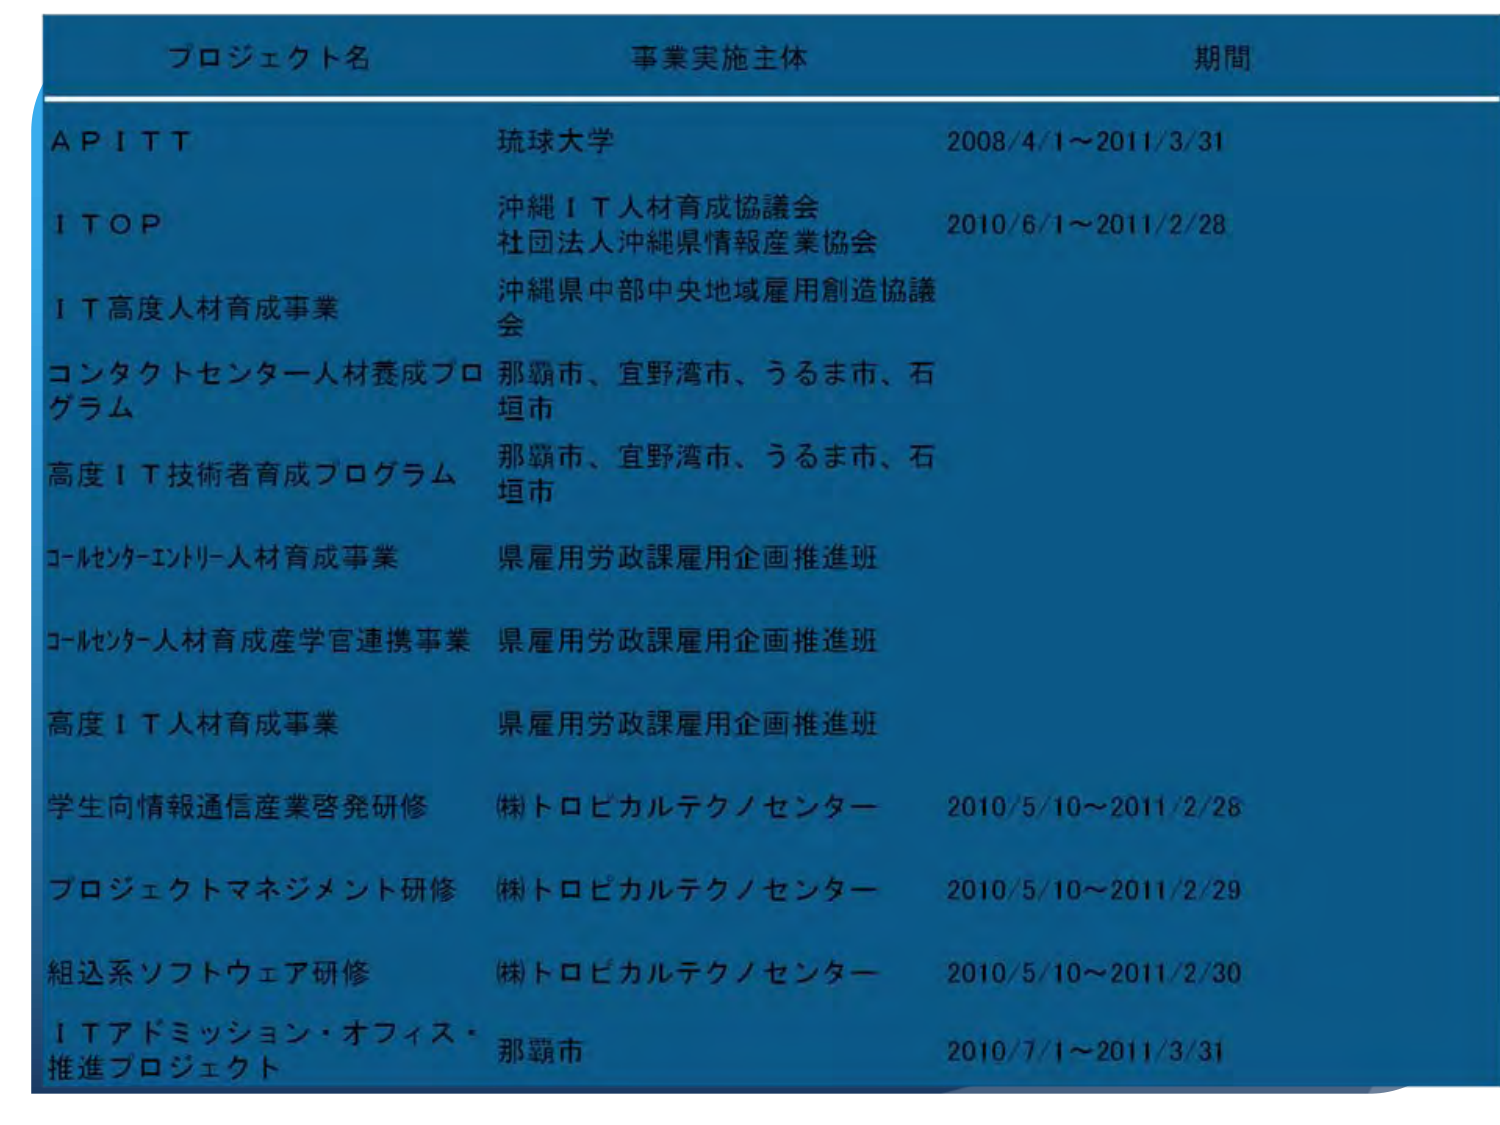
プロジェクト名　　　　　　　　　事業実施主体　　　　　　　　　期間

ＡＰＩＴＴ　　　　　　　　　　　琉球大学　　　　　　　　　　2008/4/1～2011/3/31

ＩＴＯＰ　　　　　　　　　　　　沖縄ＩＴ人材育成協議会　　　2010/6/1～2011/2/28
　　　　　　　　　　　　　　　社団法人沖縄県情報産業協会

ＩＴ高度人材育成事業　　　　　　沖縄県中部中央地域雇用創造協議会

コンタクトセンター人材養成プログラム　那覇市、宜野湾市、うるま市、石垣市

高度ＩＴ技術者育成プログラム　　　那覇市、宜野湾市、うるま市、石垣市

コールセンターインター人材育成事業　県雇用労政課雇用企画推進班

コールセンター人材育成産学官連携事業　県雇用労政課雇用企画推進班

高度ＩＴ人材育成事業　　　　　　県雇用労政課雇用企画推進班

学生向情報通信産業啓発研修　　　　(株)トロピカルテクノセンター　2010/5/10～2011/2/28

プロジェクトマネジメント研修　　　(株)トロピカルテクノセンター　2010/5/10～2011/2/29

組込系ソフトウェア研修　　　　　　(株)トロピカルテクノセンター　2010/5/10～2011/2/30

ＩＴアドミッション・オフィス・推進プロジェクト　那覇市　　　2010/7/1～2011/3/31